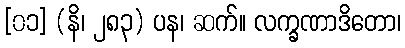
[၀၁] (နိ၊ ၂၈၃) ပန၊ ဆက်။ လက္ခဏာဒိတော၊